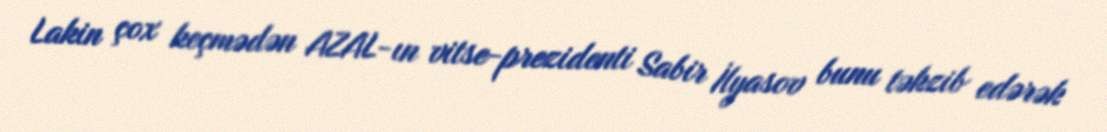
Lakin çox keçmədən AZAL-ın vitse-prezidenti Sabir İlyasov bunu təkzib edərək